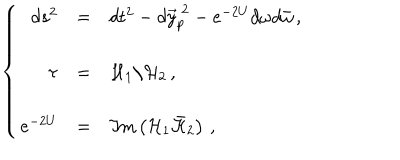
\left\{ \begin{array} { r c l } { { d s ^ { 2 } } } & { { = } } & { { d t ^ { 2 } - d \vec { y } _ { p } ^ { \ 2 } - e ^ { - 2 U } d \omega d \bar { \omega } \, , } } \\ { { } } & { { } } & { { } } \\ { { \tau } } & { { = } } & { { { \cal H } _ { 1 } / { \cal H } _ { 2 } \, , } } \\ { { } } & { { } } & { { } } \\ { { e ^ { - 2 U } } } & { { = } } & { { \Im \mathrm { m } \left( { \cal H } _ { 1 } \bar { \cal H } _ { 2 } \right) \, , } } \\ \end{array} \right.